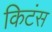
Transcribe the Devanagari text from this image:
किटंस